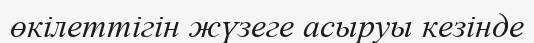
өкілеттігін жүзеге асыруы кезінде